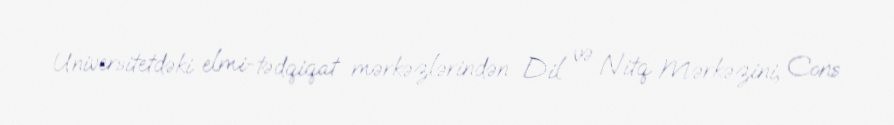
Universitetdəki elmi-tədqiqat mərkəzlərindən Dil və Nitq Mərkəzini, Cons